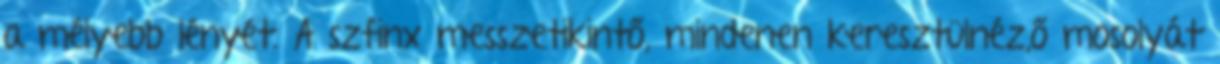
a mélyebb lényét. A szfinx messzetikintő, mindenen keresztülnéz,ő mosolyát